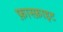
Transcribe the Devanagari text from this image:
फ़ास्फ़ाइट